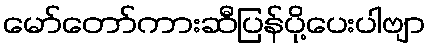
မော်တော်ကားဆီပြန်ပို့ပေးပါဗျာ